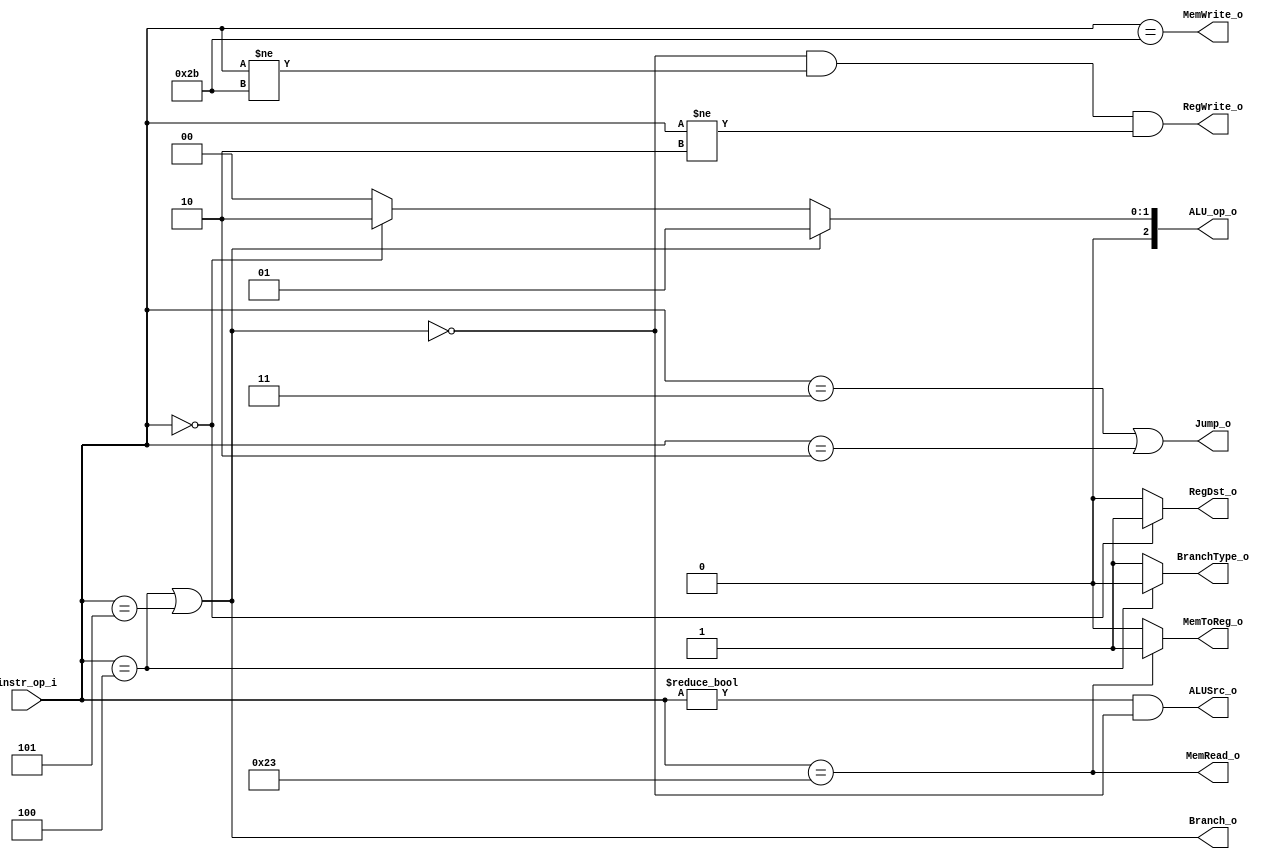
//Subject:     CO project 4 - Decoder
//--------------------------------------------------------------------------------
//Version:     1
//--------------------------------------------------------------------------------
//Writer:      0416024  0516310 f
//----------------------------------------------
//----------------------------------------------
//Description:
//--------------------------------------------------------------------------------

module Decoder(
    instr_op_i,
	RegWrite_o,
	ALU_op_o,
	ALUSrc_o,
  //ALUSigned_o,
	RegDst_o,
	Branch_o,
  BranchType_o,
	Jump_o,
  MemToReg_o,
  MemRead_o,
  MemWrite_o
	);

//I/O ports
input  [6-1:0] instr_op_i;

output         RegWrite_o;
output [3-1:0] ALU_op_o;
output         ALUSrc_o;
//output         ALUSigned_o;
//output   [1:0] RegDst_o;
output         RegDst_o;
output         Branch_o;
//output [1:0]   BranchType_o;e
output         BranchType_o;
output         Jump_o;
//output   [1:0] MemToReg_o;
output         MemToReg_o;
output         MemRead_o;
output         MemWrite_o;

//Internal Signals

//Parameter


//Main function
// 4: beq, 5: bne, 1: bltz, 6: ble
assign Branch_o = (instr_op_i == 4 || instr_op_i == 5);
// 3: jal, 2: jump
assign Jump_o = (instr_op_i == 3 || instr_op_i == 2);
// 6'b100011: lw
assign MemRead_o = (instr_op_i == 6'b100011);
// 6'b101011: sw
assign MemWrite_o = (instr_op_i == 6'b101011);
// not branch, not jump, and not sw
assign RegWrite_o = !Branch_o && instr_op_i != 6'b101011 && instr_op_i != 2;
assign RegDst_o =
    (instr_op_i == 0) ? 1 // R-type
  : 0 ; // I-type
// R-type or branch: ALUSrc is rt
// otherwise: ALUSrc is immediate
assign ALUSrc_o = (instr_op_i != 0 && !Branch_o);
assign ALU_op_o =
    (instr_op_i == 4 || instr_op_i == 5) ? 3'b001 // beq, bne
  : (instr_op_i == 0 ) ? 3'b010 // R-type and nop
  : 3'b000 ; // lw, sw, and addi

// immediate is unsigned extension
// 9: sltiu, 13: ori
//assign ALUSigned_o = (instr_op_i == 9 || instr_op_i == 13);

assign BranchType_o =
    (instr_op_i == 4) ? 0 // beq
  //: (instr_op_i == 1) ? 2'b10 // ble
  : 1; // bne

assign MemToReg_o =
    (instr_op_i == 6'b100011) ? 1 // lw
  : 0; // other instructions

endmodule